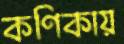
কণিকায়